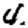
Digit: 4